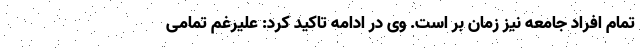
تمام افراد جامعه نیز زمان بر است. وی در ادامه تاکید کرد: علیرغم تمامی